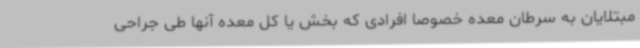
مبتلایان به سرطان معده خصوصاً افرادی که بخش یا کل معده آنها طی جراحی